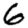
Digit: 6